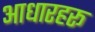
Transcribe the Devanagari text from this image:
आधारहरू